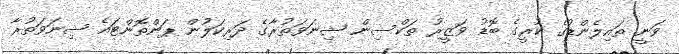
ވަނީ ތައިލެންޑުގެ ކުރީގެ ބޮޑު ވަޒީރު ތަކްސިން ޝިނަވަތުރާގެ ދަރިކަލުން ޕަންތޮންޓައެ ޝިނަވަތުރާ